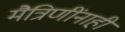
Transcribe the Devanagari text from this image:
मैत्रिणींनाही